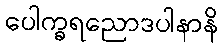
ပေါက္ခရညောဒပါနာနိ